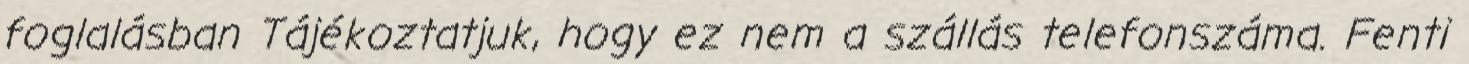
foglalásban Tájékoztatjuk, hogy ez nem a szállás telefonszáma. Fenti